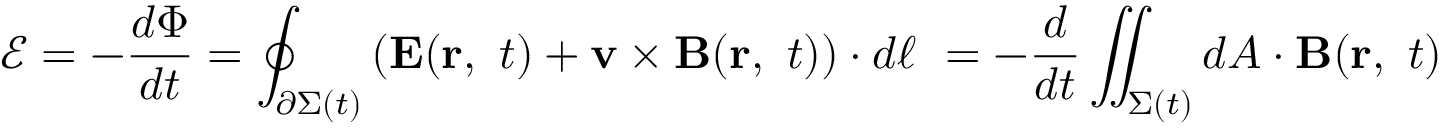
{ \mathcal { E } } = - { \frac { d \Phi } { d t } } = \oint _ { \partial \Sigma ( t ) } \left( \mathbf { E } ( \mathbf { r } , \ t ) + \mathbf { v } \times \mathbf { B } ( \mathbf { r } , \ t ) \right) \cdot d { \boldsymbol { \ell } } \ = - { \frac { d } { d t } } \iint _ { \Sigma ( t ) } d { \boldsymbol { A } } \cdot \mathbf { B } ( \mathbf { r } , \ t )